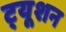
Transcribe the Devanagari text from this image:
ट्‍यूशन